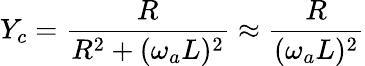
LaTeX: Y_{c}=\frac{R}{R^{2}+(\omega_{a}L)^{2}}\approx\frac{R}{(\omega_{a}L)^{2}}